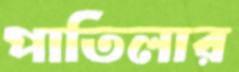
পাতিলার